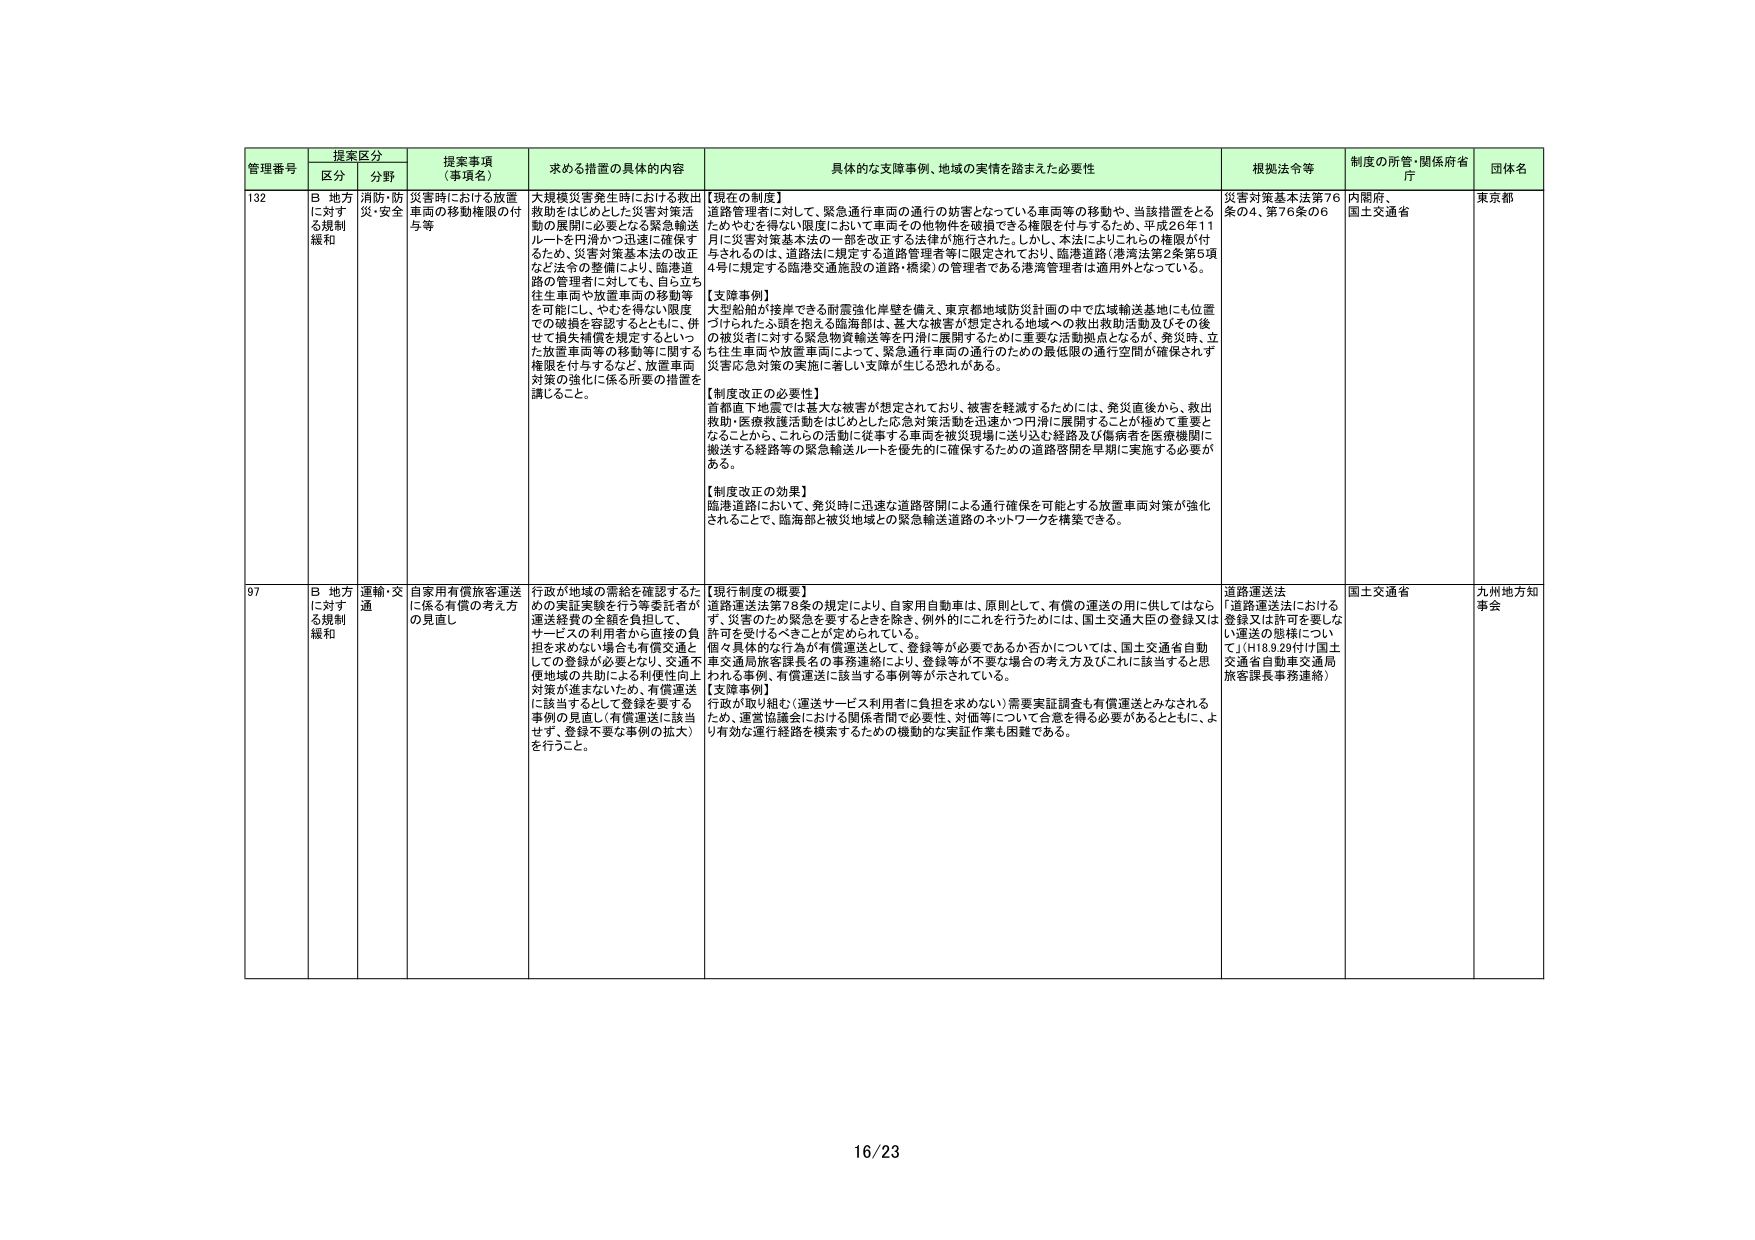
管理番号 提案区分 提案事項（事項名） 求める措置の具体的内容 具体的な支障事例、地域の実情を踏まえた必要性 根拠法令等 制度の所管・関係府省庁 団体名
区分 分野
132 B 地方に対する規制緩和 消防・防災・安全 災害時における放置車両の移動権限の付与等 大規模災害発生時における救出救助をはじめとした災害対策活動の展開に必要となる緊急輸送ルートを円滑かつ迅速に確保するため、災害対策基本法の改正など法令の整備により、臨港道路の管理者に対して、も。自ら立ち往生車両や放置車両の移動等を可能にし、やむを得ない限度での破損を容認するとともに、併せて損失補償を規定するなど、いった放置車両等の移動等に関する権限を付与するなど、放置車両対策の強化に係る所要の措置を講じること。
【現在の制度】
道路管理者に対して、緊急通行車両の通行の妨害となっている車両等の移動や、当該措置をとるためやむを得ない限度において車両その他の物件を破損できる権限を付与するため、平成26年11月に災害対策基本法の一部を改正する法律が施行された。しかし、本法によりこれらの権限が付与されるのは、道路法に規定する道路管理者等に限定されており、臨港道路（港湾法第2条第5項4号に規定する臨港交通施設の道路・橋梁）の管理者である港湾管理者は適用外となっている。
【支障事例】
大型船舶が接岸できる耐震強化岸壁を備え、東京都地域防災計画の中で広域輸送基地にも位置づけられた小頭を抱える臨海部は、重大な被害が想定される地域への救出救助活動及びその後の被災者に対する緊急物資輸送等を円滑に展開するために重要な活動拠点となるが、発災時、立ち往生車両や放置車両によって、緊急通行車両の通行のための最低限の通行空間が確保されず災害応急対策の実施に著しい支障が生じる恐れがある。
【制度改正の必要性】
首都直下地震では重大な被害が想定されており、被害を軽減するためには、発災直後から、救出救助・医療救護活動をはじめとした応急対策活動を迅速かつ円滑に展開することが極めて重要となることから、これらの活動に従事する車両を被災現場に送り込むも経路及び傷病者を医療機関に搬送する経路等の緊急輸送ルートを優先的に確保するための道路啓開を早期に実施する必要がある。
【制度改正の効果】
臨港道路において、発災時に迅速な道路啓開による通行確保を可能とする放置車両対策が強化されることで、臨海部と被災地域との緊急輸送道路のネットワークを構築できる。
災害対策基本法第76条の4、第76条の6 内閣府、国土交通省 東京都
97 B 地方に対する規制緩和 運輸・交通 自家用有償旅客運送に係る有償の考え方の見直し 行政が地域の需給を確認するための実証実験を行う等委託者が運送経費の全額を負担して、サービスの利用者から直接の負担を求めない場合も有償運送としての登録が必要となり、交通不便地域の共助による利便性向上対策が進まないため、有償運送に該当するとして登録を要する事例の見直し（有償運送に該当せず、登録不要な事例の拡大）を行うこと。
【現行制度の概要】
道路運送法第78条の規定により、自家用自動車は、原則として、有償の運送の用に供してはならず、災害のため緊急を要するときを除き、例外的にこれを行うためには、国土交通大臣の登録又は許可を受けるべきことが定められている。
個々具体的な行為が有償運送として、登録等が必要であるか否かについては、国土交通省自動車交通局旅客課長名の事務連絡により、登録等が不要な場合の考え方及びこれに該当すると思われる事例、有償運送に該当する事例等が示されている。
【支障事例】
行政が取り組む（運送サービス利用者に負担を求めない）需要実証調査も有償運送とみなされるため、運営協議会における関係者間で必要性、対価等について合意を得る必要があるとともに、より有効な運行経路を模索するための機動的な実証作業も困難である。
道路運送法 「道路運送法における登録又は許可を要しない運送の態様について」（H18.9.29付け国土交通省自動車交通局旅客課長事務連絡） 国土交通省 九州地方知事会
16/23